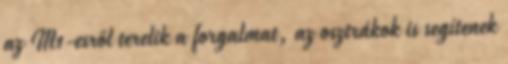
az M1-esről terelik a forgalmat, az osztrákok is segítenek